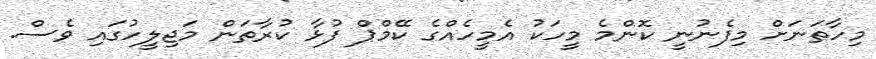
މިހާތަނަށް މިފެނުނީ ކޮންމެ މީހަކު އެމީހެއްގެ ކޭމްޕް ފުޅާ ކުރާތަން މަޖިލީހުގައި ވެސް.